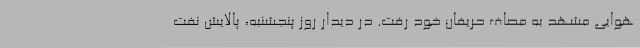
هوایی مشهد به مصاف حریفان خود رفت. در دیدار روز پنجشنبه، پالایش نفت